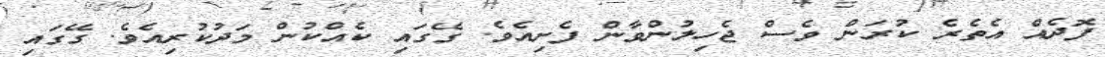
ފޮދެއް އެތެރެ ކުރަން ވެސް ޖެހިލުންވާން ފެށިއެވެ. ގޭގައި ކެއްކުން މަދުކުރިއެވެ. ގޭގައި